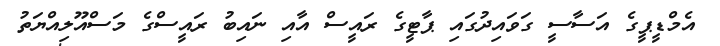
އެމްޑީޕީގެ އަސާސީ ގަވައިދުގައި ޕާޓީގެ ރައީސް އާއި ނައިބު ރައީސްގެ މަސްއޫލިއްޔަތު